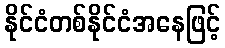
နိုင်ငံတစ်နိုင်ငံအနေဖြင့်